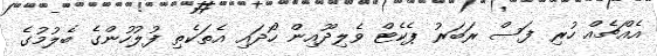
އެއްޗެއް ހުރި ފަސް ރަބަރު ޕެކެޓް ވެލިދޫއިން ހޯދައި އެތަކެތި ފުލުހުންގެ ބެލުމުގެ